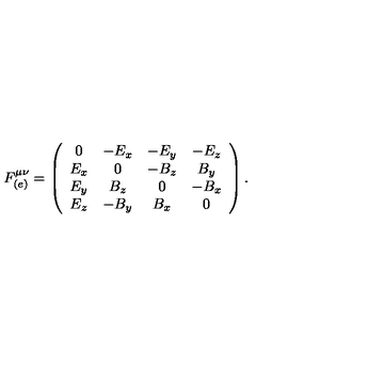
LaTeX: F _ { ( e ) } ^ { \mu \nu } = \left( \begin{array} { c c c c } { 0 } & { - E _ { x } } & { - E _ { y } } & { - E _ { z } } \\ { E _ { x } } & { 0 } & { - B _ { z } } & { B _ { y } } \\ { E _ { y } } & { B _ { z } } & { 0 } & { - B _ { x } } \\ { E _ { z } } & { - B _ { y } } & { B _ { x } } & { 0 } \\ \end{array} \right) .